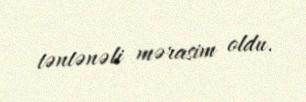
təntənəli mərasim oldu.